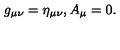
g _ { \mu \nu } = \eta _ { \mu \nu } , A _ { \mu } = 0 .